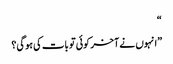
“
”انہوں نے آخر کوئی تو بات کی ہوگی؟